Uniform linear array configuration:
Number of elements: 8
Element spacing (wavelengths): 0.5
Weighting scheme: kaiser
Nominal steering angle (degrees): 60
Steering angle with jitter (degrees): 60.729
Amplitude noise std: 0.05
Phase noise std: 0.05

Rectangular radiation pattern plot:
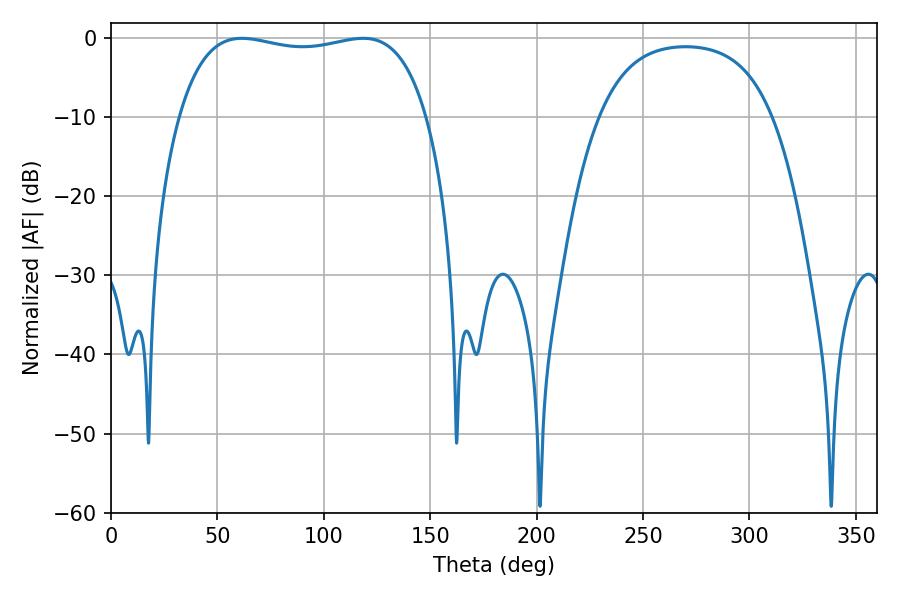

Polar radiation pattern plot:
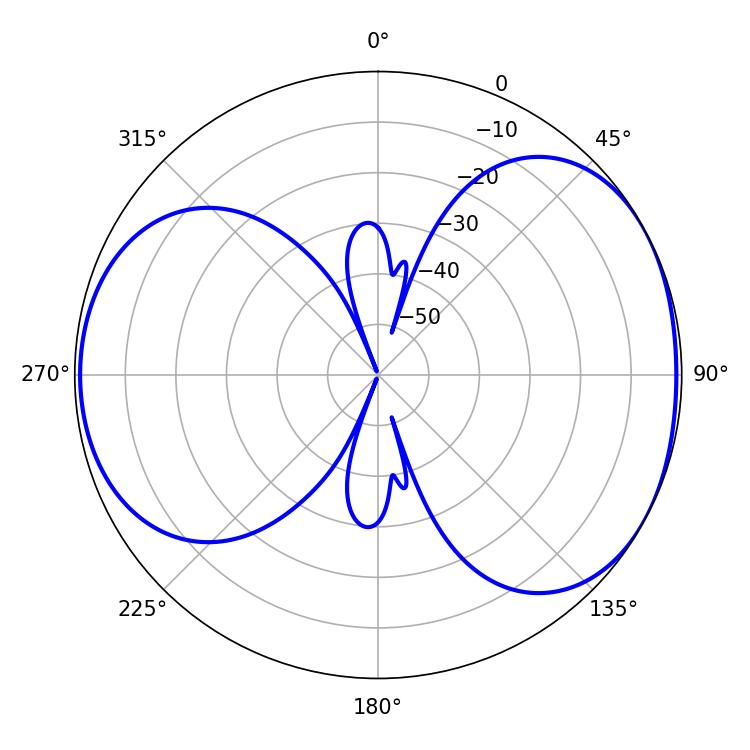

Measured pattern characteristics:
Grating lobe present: FALSE
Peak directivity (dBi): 5.014
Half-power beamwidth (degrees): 94.32
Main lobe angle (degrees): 61.56